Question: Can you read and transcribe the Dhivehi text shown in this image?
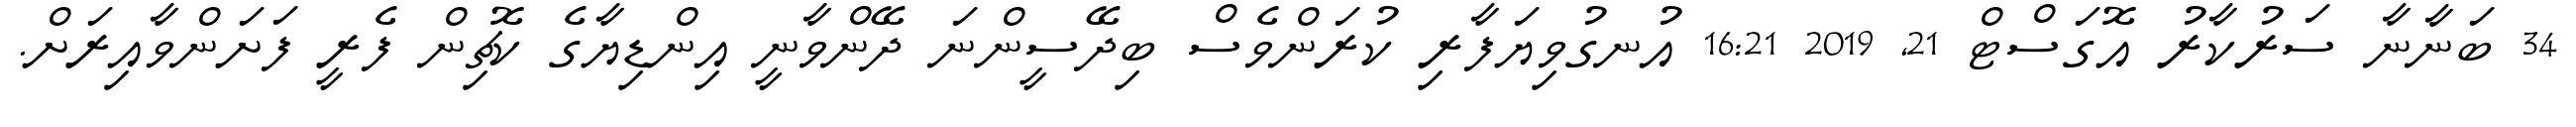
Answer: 34 ބަނާނާ ސަރުކާރު އޮގަސްޓް 21, 2019 16:21 އުނގުވިޔަފާރި ކުރަންވެސް ބިދޭސީންނަ ދޭންވާނީ އިންޑިޔާގެ ކޮޗިން ފެރީ ފަށަންވާއިރަށް.